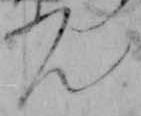
ん